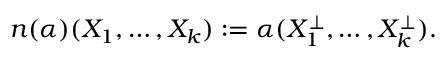
\begin{array} { r } { \boldsymbol { n } ( \alpha ) ( X _ { 1 } , \ldots , X _ { k } ) : = \alpha ( X _ { 1 } ^ { \perp } , \ldots , X _ { k } ^ { \perp } ) . } \end{array}